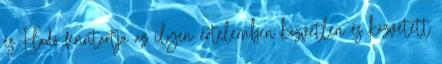
és Eladó fenntartja az ilyen értelemben közvetlen és közvetett